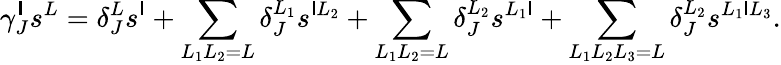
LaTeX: \gamma_{J}^{\mathsf{I}}s^{L}=\delta_{J}^{L}s^{\mathsf{I}}+\sum_{L_{1}L_{2}=L}\delta_{J}^{L_{1}}s^{\mathsf{I}L_{2}}+\sum_{L_{1}L_{2}=L}\delta_{J}^{L_{2}}s^{L_{1}\mathsf{I}}+\sum_{L_{1}L_{2}L_{3}=L}\delta_{J}^{L_{2}}s^{L_{1}\mathsf{I}L_{3}}.